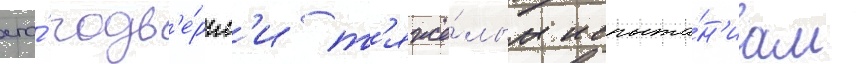
его́ подв'е́ргл'и т'яжё́лым испыта́н'иам